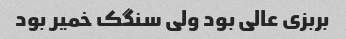
بربزی عالی بود ولی سنگک خمیر بود